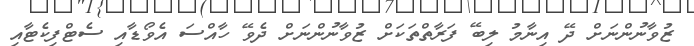
ޒުވާނުންނަށް ދޭ އިނާމު ލިބޭ ފަރާތްތަކަށް ޒުވާނުންނަށް ދެވޭ ހާއްސަ އެވޯޑާއި ސެޓްފިކެޓާއި